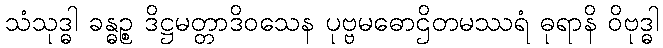
သံသုဒ္ဓါ ခန္ဓဉ္စ ဒိဋ္ဌမတ္တာဒိဝသေန ပုဗ္ဗမဓောဌိတမဿရံ ဓုရာနိ ဝိဗုဒ္ဓါ